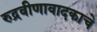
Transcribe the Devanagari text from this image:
रुद्रवीणावादकाचे